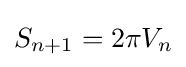
S_{n+1}=2\pi V_{n}